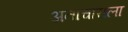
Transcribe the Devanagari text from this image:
अनाचाराला